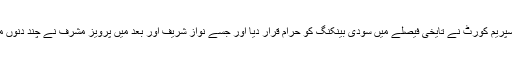
وہ طویل کوشش اور محنت جس کے بعد پہلے وفاقی شرعی عدالت اور پھر سپریم کورٹ نے تایخی فیصلے میں سودی بینکنگ کو حرام قرار دیا اور جسے نواز شریف اور بعد میں پرویز مشرف نے چند دنوں میں تباہ و برباد کرد یا، دین پسند عوام کے اندر کانٹے کی طرح چبھا ہوا ہے۔